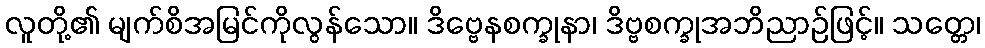
လူတို့၏ မျက်စိအမြင်ကိုလွန်သော။ ဒိဗ္ဗေနစက္ခုနာ၊ ဒိဗ္ဗစက္ခုအဘိညာဉ်ဖြင့်။ သတ္တေ၊